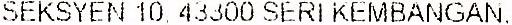
SEKSYEN 10, 43300 SERI KEMBANGAN,